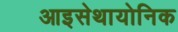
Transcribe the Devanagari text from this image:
आइसेथायोनिक